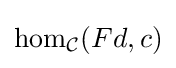
\mathrm {hom} _{\mathcal {C}}(Fd,c)